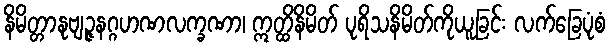
နိမိတ္တာနုဗျဉ္ဇနဂ္ဂဟဏလက္ခဏာ၊ ဣတ္ထိနိမိတ် ပုရိသနိမိတ်ကိုယူခြင်း လက်ခြေပုံစံ